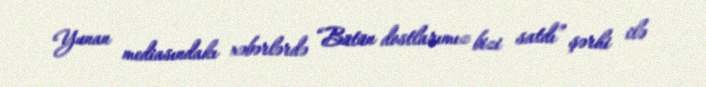
Yunan mediasındakı xəbərlərdə “Bütün dostlarımız bizi satdı” şərhi ilə